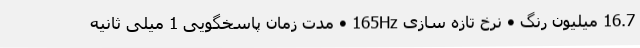
16.7 میلیون رنگ • نرخ تازه سازی 165Hz • مدت زمان پاسخگویی 1 میلی ثانیه